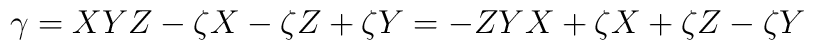
\gamma = XYZ - \zeta X -\zeta Z +\zeta Y = -ZYX+\zeta X +\zeta Z - \zeta Y